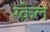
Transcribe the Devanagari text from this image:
रक़ेल